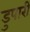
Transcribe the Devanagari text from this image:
डुपारी